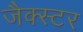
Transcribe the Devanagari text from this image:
जैक्स्टर